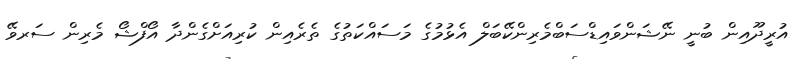
އުރީދޫއިން ބުނީ ނޭޝަންވައިޑްސަބްމެރިންކޭބަލް އެޅުމުގެ މަސައްކަތުގެ ތެރެއިން ކުރިއަށްގެންދާ އޯފްޝޯ މެރިން ސަރވޭ